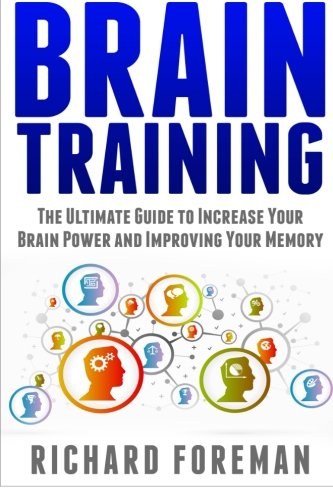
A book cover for Brain Training: The Ultimate Guide to Increase Your Brain Power and Improving Your Memory (Brain exercise, Concentration, Neuroplasticity, Mental Clarity, Brain Plasticity); Richard Foreman; Self-Help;